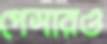
পেসারও